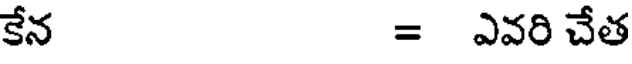
కేన = ఎవరి చేత